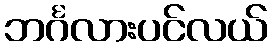
ဘင်္ဂလားပင်လယ်